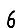
Digit: 6